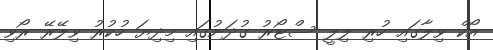
އޯކް ވިލާގައި ހުރި ލިލީ ސްޓޯރު ގުދަނުގައި މިދިޔަ ހުކުރު ވިލޭރޭ ރޯވި